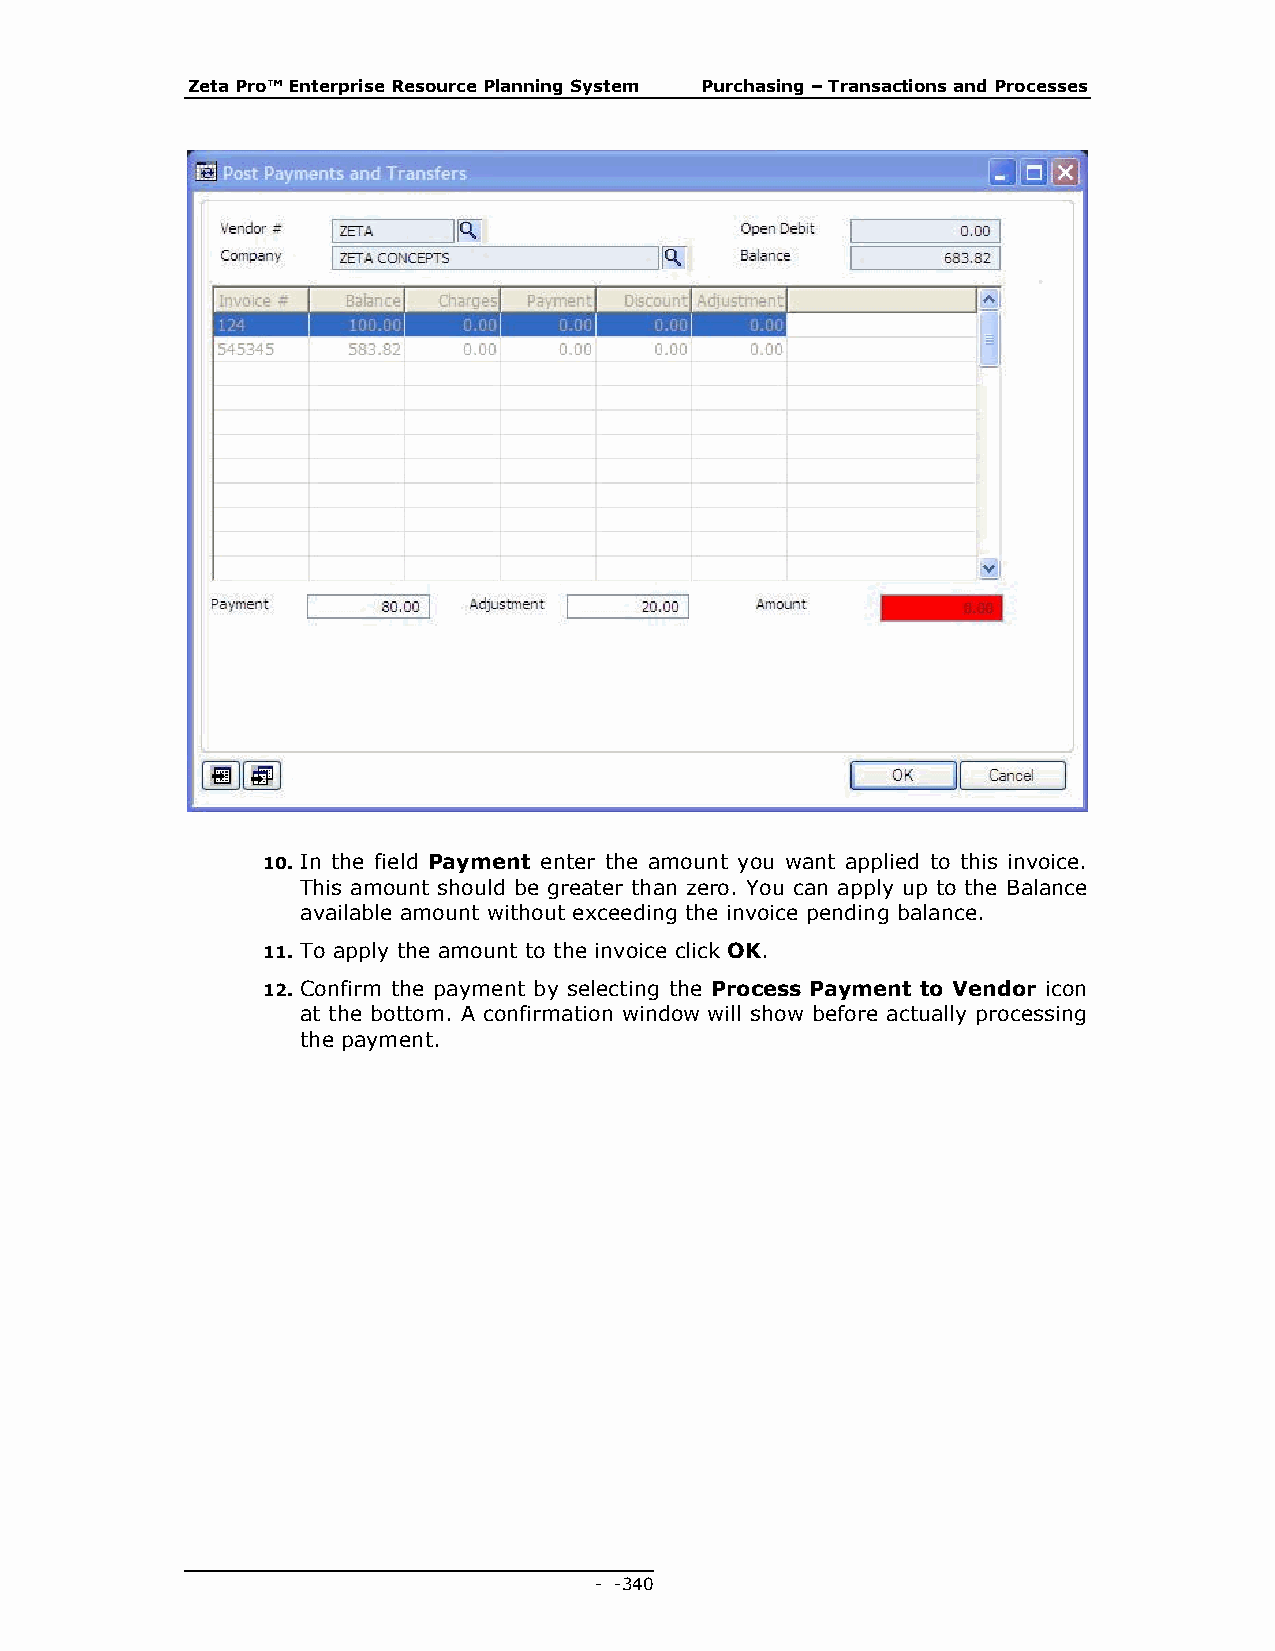
Zeta Pro™ Enterprise Resource Planning System Purchasing – Transactions and Processes
 10. In the field Payment enter the amount you want applied to this invoice.
 This amount should be greater than zero. You can apply up to the Balance
 available amount without exceeding the invoice pending balance.
 11. To apply the amount to the invoice click OK.
 12. Confirm the payment by selecting the Process Payment to Vendor icon
 at the bottom. A confirmation window will show before actually processing
 the payment.
 - - 340